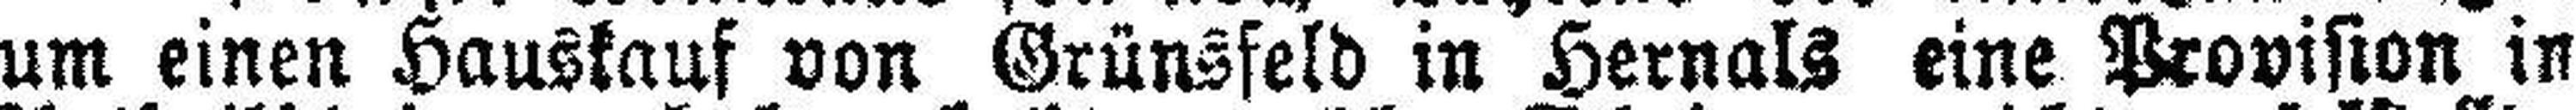
um einen Hauskauf von Grünsfeld in Hernals eine Provision in